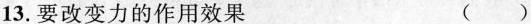
13.要改变力的作用效果﹙﹚